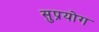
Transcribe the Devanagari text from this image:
सुप्रयोग